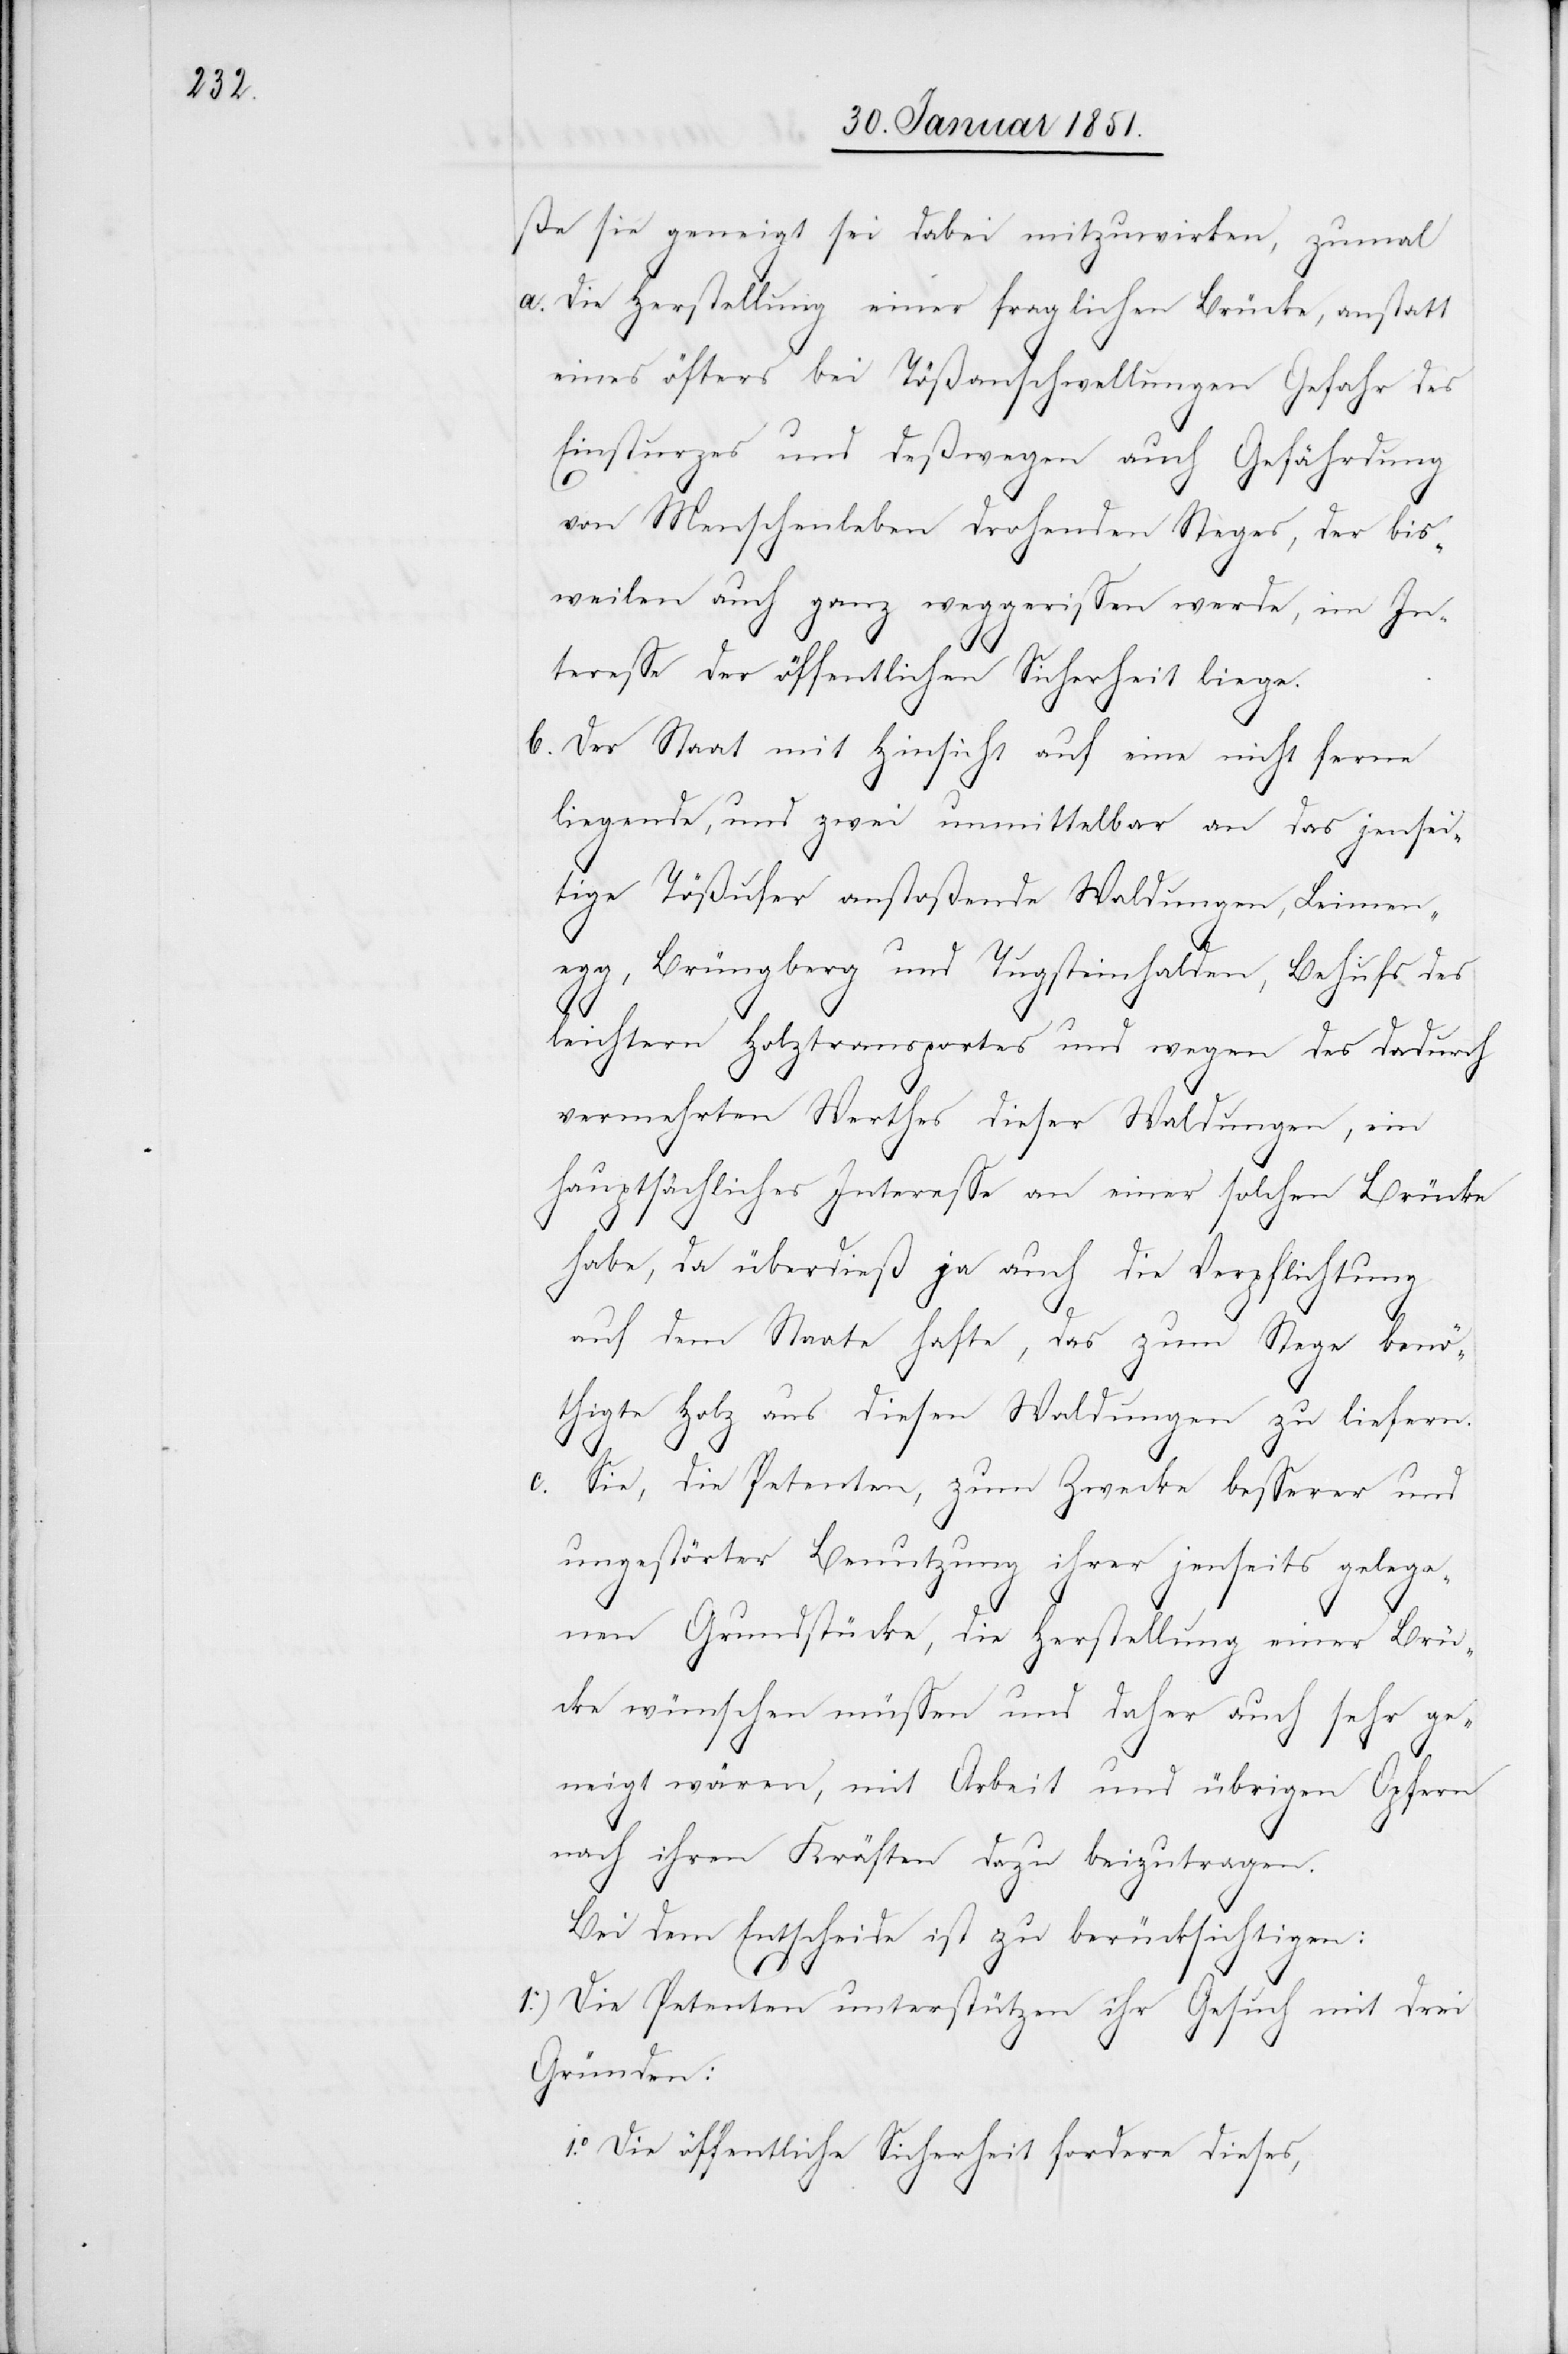
ße sie geneigt sei dabei mitzuwirken, zumal
Die Herstellung einer fraglichen Brücke, anstatt
eines öfters bei Tößanschwellungen Gefahr des
Einsturzes und deßwegen auch Gefährdung
von Menschenleben drohenden Steges, der bis¬
weilen auch ganz weggerissen werde, im In¬
teresse der öffentlichen Sicherheit liege.
Der Staat mit Hinsicht auf eine nicht ferne
liegende, und zwei unmittelbar an das jensei¬
tige Tößufer anstoßende Waldungen, Leimen¬
egg, Brüngberg und Tugsteinhalden, Behufs des
b.
leichtern Holztransportes und wegen des dadurch
vermehrten Werthes dieser Waldungen, ein
hauptsächliches Interesse an einer solchen Brücke
habe, da überdieß ja auch die Verpflichtung
auf dem Staate hafte, das zum Stege benö¬
thigte Holz aus diesen Waldungen zu liefern.
c.
Sie, die Petenten, zum Zwecke besserer und
ungestörter Benutzung ihrer jenseits gelege¬
nen Grundstücke, die Herstellung einer Brü¬
cke wünschen müssen und daher auch sehr ge¬
neigt wären, mit Arbeit und übrigen Opfern
nach ihren Kräften dazu beizutragen.
Bei dem Entscheide ist zu berücksichtigen:
1.) Die Petenten unterstützen ihr Gesuch mit drei
Gründen:
Die öffentliche Sicherheit fordere dieses,